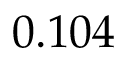
0 . 1 0 4